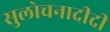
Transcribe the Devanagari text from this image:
सुलोचनादीदी